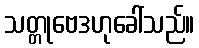
သတ္တုဗေဒဟုခေါ်သည်။